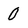
Character: 0